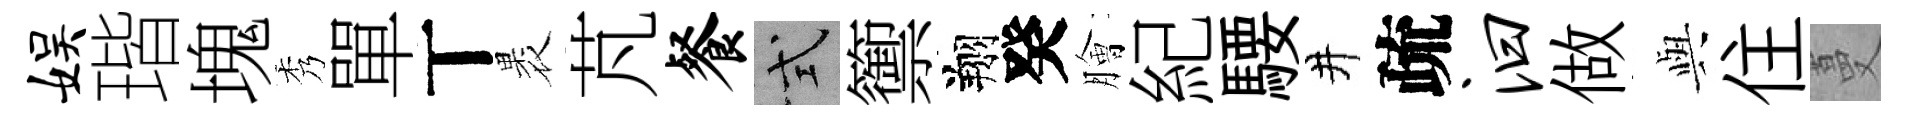
娱瑎塊秀單丅褁芃餐式籞翔癸膾紀騕井疏汩做𫤰住蔓